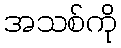
အသစ်ကို